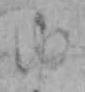
ゆ